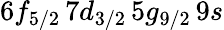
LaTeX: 6f_{5/2}\, 7d_{3/2}\, 5g_{9/2}\, 9s